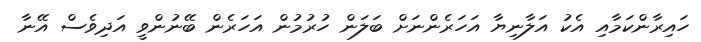
ހައިރާންކަމާއި އެކު އަލާނިޔާ އަހަރެންނަށް ބަލަން ހުރުމުން އަހަރެން ބޭނުންވީ އަދިވެސް އޭނާ